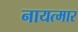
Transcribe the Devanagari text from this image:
नायत्मार